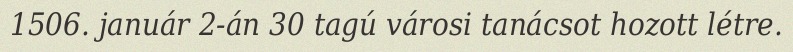
1506. január 2-án 30 tagú városi tanácsot hozott létre.